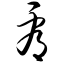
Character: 看